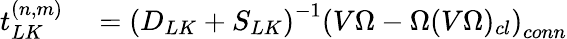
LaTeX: \begin{array}{rl}{t_{LK}^{(n,m)}}&{{}=\left(D_{LK}+S_{LK}\right)^{-1}\left(V\Omega-\Omega(V\Omega)_{cl}\right)_{conn}}\end{array}